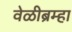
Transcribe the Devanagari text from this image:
वेळीब्रम्हा